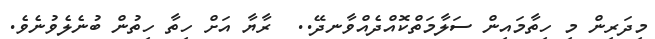
މިދަރިން މި ހިތާމައިން ސަލާމަތްކޮއްދެއްވާނދޭ..  ރާޔާ އަށް ހިތާ ހިތުން ބުނެލެވުނެވެ.